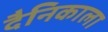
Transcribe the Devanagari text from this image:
दैनिकाला